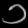
Digit: ၁